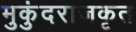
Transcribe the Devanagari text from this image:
मुकुंदराजकृत